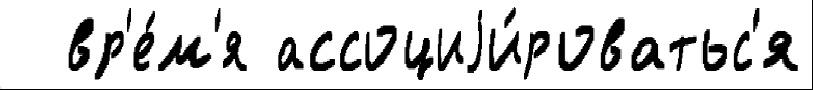
  вр'е́м'я ассоциjи́роватьс'я